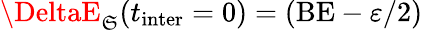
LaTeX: \DeltaE_{\mathfrak{S}}(t_{\textrm{{inter}}}=0)=(\textrm{{BE}}-\varepsilon/2)